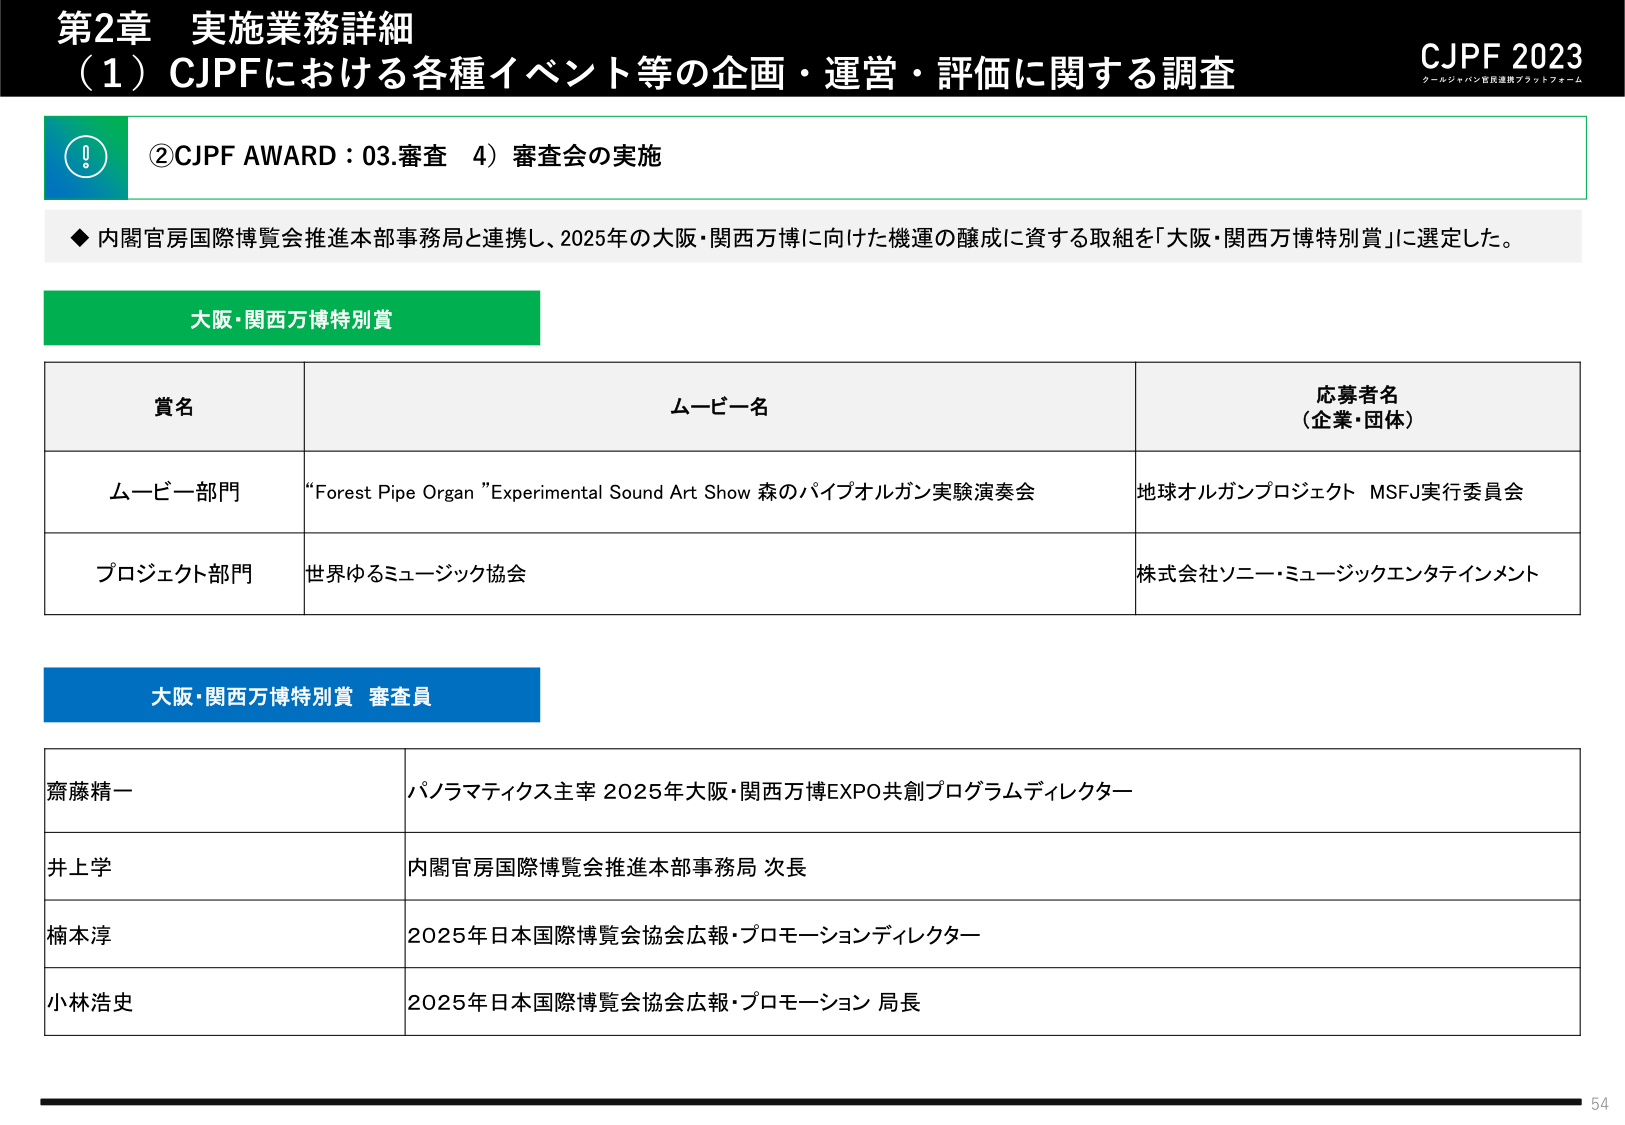
第2章 実施業務詳細
（1）CJPFにおける各種イベント等の企画・運営・評価に関する調査

CJPF 2023
クールジャパン官民連携プラットフォーム

②CJPF AWARD：03.審査 4）審査会の実施

◆ 内閣官房国際博覧会推進本部事務局と連携し、2025年の大阪・関西万博に向けた機運の醸成に資する取組を「大阪・関西万博特別賞」に選定した。

大阪・関西万博特別賞

賞名　　　　　　　　　　　　　　　　　ムービー名